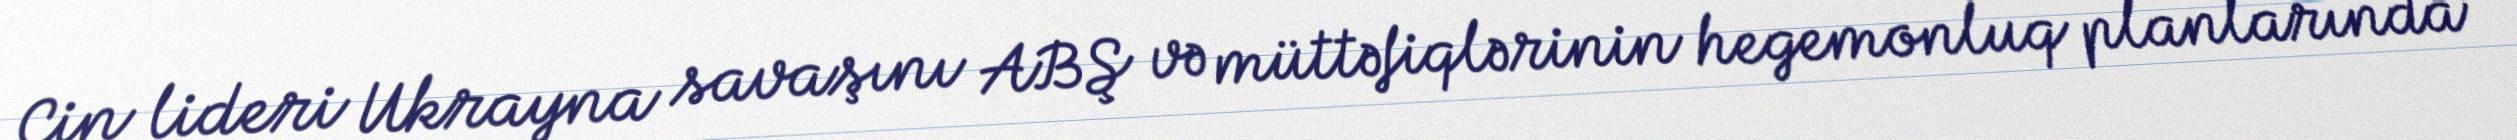
Çin lideri Ukrayna savaşını ABŞ və müttəfiqlərinin hegemonluq planlarında